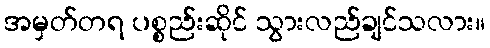
အမှတ်တရ ပစ္စည်းဆိုင် သွားလည်ချင်သလား။